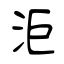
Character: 洰